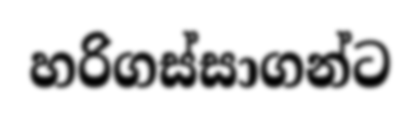
හරිගස්සාගන්ට